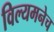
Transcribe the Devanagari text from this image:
विल्यमनेच